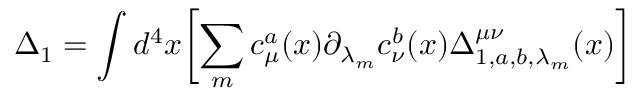
\Delta _ { 1 } = \int d ^ { 4 } x \biggl [ \sum _ { m } c _ { \mu } ^ { a } ( x ) { { \partial } _ { { \lambda } _ { m } } } c _ { \nu } ^ { b } ( x ) \Delta _ { 1 , a , b , { \lambda } _ { m } } ^ { \mu \nu } ( x ) \biggr ]